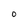
Character: O